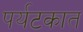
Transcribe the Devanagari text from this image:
पर्यटकात